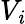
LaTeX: V_{\mathit{i}}